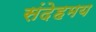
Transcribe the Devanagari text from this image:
संदेहमय